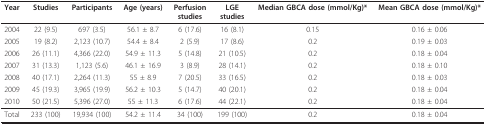
| Year | Studies | Participants | Age (years) | Perfusionstudies | LGEstudies | Median GBCA dose (mmol/Kg)* | Mean GBCA dose (mmol/Kg)* |
 | --- | --- | --- | --- | --- | --- | --- | --- |
 | 2004 | 22 (9.5) | 697 (3.5) | 56.1 ± 8.7 | 6 (17.6) | 16 (8.1) | 0.15 | 0.16 ± 0.06 |
 | 2005 | 19 (8.2) | 2,123 (10.7) | 54.4 ± 8.4 | 2 (5.9) | 17 (8.6) | 0.2 | 0.19 ± 0.03 |
 | 2006 | 26 (11.1) | 4,366 (22.0) | 54.9 ± 11.3 | 5 (14.8) | 21 (10.5) | 0.2 | 0.18 ± 0.04 |
 | 2007 | 31 (13.3) | 1,123 (5.6) | 46.1 ± 16.9 | 3 (8.9) | 28 (14.1) | 0.2 | 0.18 ± 0.10 |
 | 2008 | 40 (17.1) | 2,264 (11.3) | 55 ± 8.9 | 7 (20.5) | 33 (16.5) | 0.2 | 0.18 ± 0.03 |
 | 2009 | 45 (19.3) | 3,965 (19.9) | 56.2 ± 10.3 | 5 (14.7) | 40 (20.1) | 0.2 | 0.18 ± 0.04 |
 | 2010 | 50 (21.5) | 5,396 (27.0) | 55 ± 11.3 | 6 (17.6) | 44 (22.1) | 0.2 | 0.18 ± 0.04 |
 | Total | 233 (100) | 19,934 (100) | 54.2 ± 11.4 | 34 (100) | 199 (100) | 0.2 | 0.18 ± 0.04 |